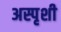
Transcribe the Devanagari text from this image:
अस्पृशी